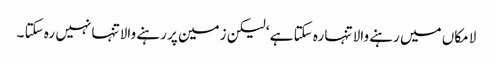
لا مکاں میں رہنے والا تنہا رہ سکتا ہے ‘ لیکن زمین پر رہنے والا تنہا نہیں رہ سکتا ۔